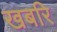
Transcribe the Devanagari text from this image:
खबरि